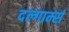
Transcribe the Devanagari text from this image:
दल्गार्म्स